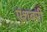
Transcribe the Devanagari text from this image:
एशबरी